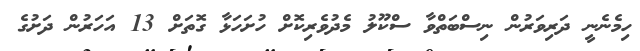
ހިމެނެނީ ދަރިވަރުން ނިސްބަތްވާ ސްކޫލު މެދުވެރިކޮށް ހުށަހަޅާ ގޮތަށް 13 އަހަރުން ދަށުގެ